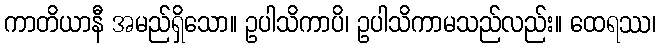
ကာတိယာနီ အမည်ရှိသော။ ဥပါသိကာပိ၊ ဥပါသိကာမသည်လည်း။ ထေရဿ၊